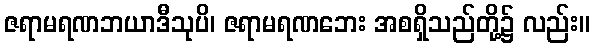
ဇရာမရဏဘယာဒီသုပိ၊ ဇရာမရဏဘေး အစရှိသည်တို့၌ လည်း။